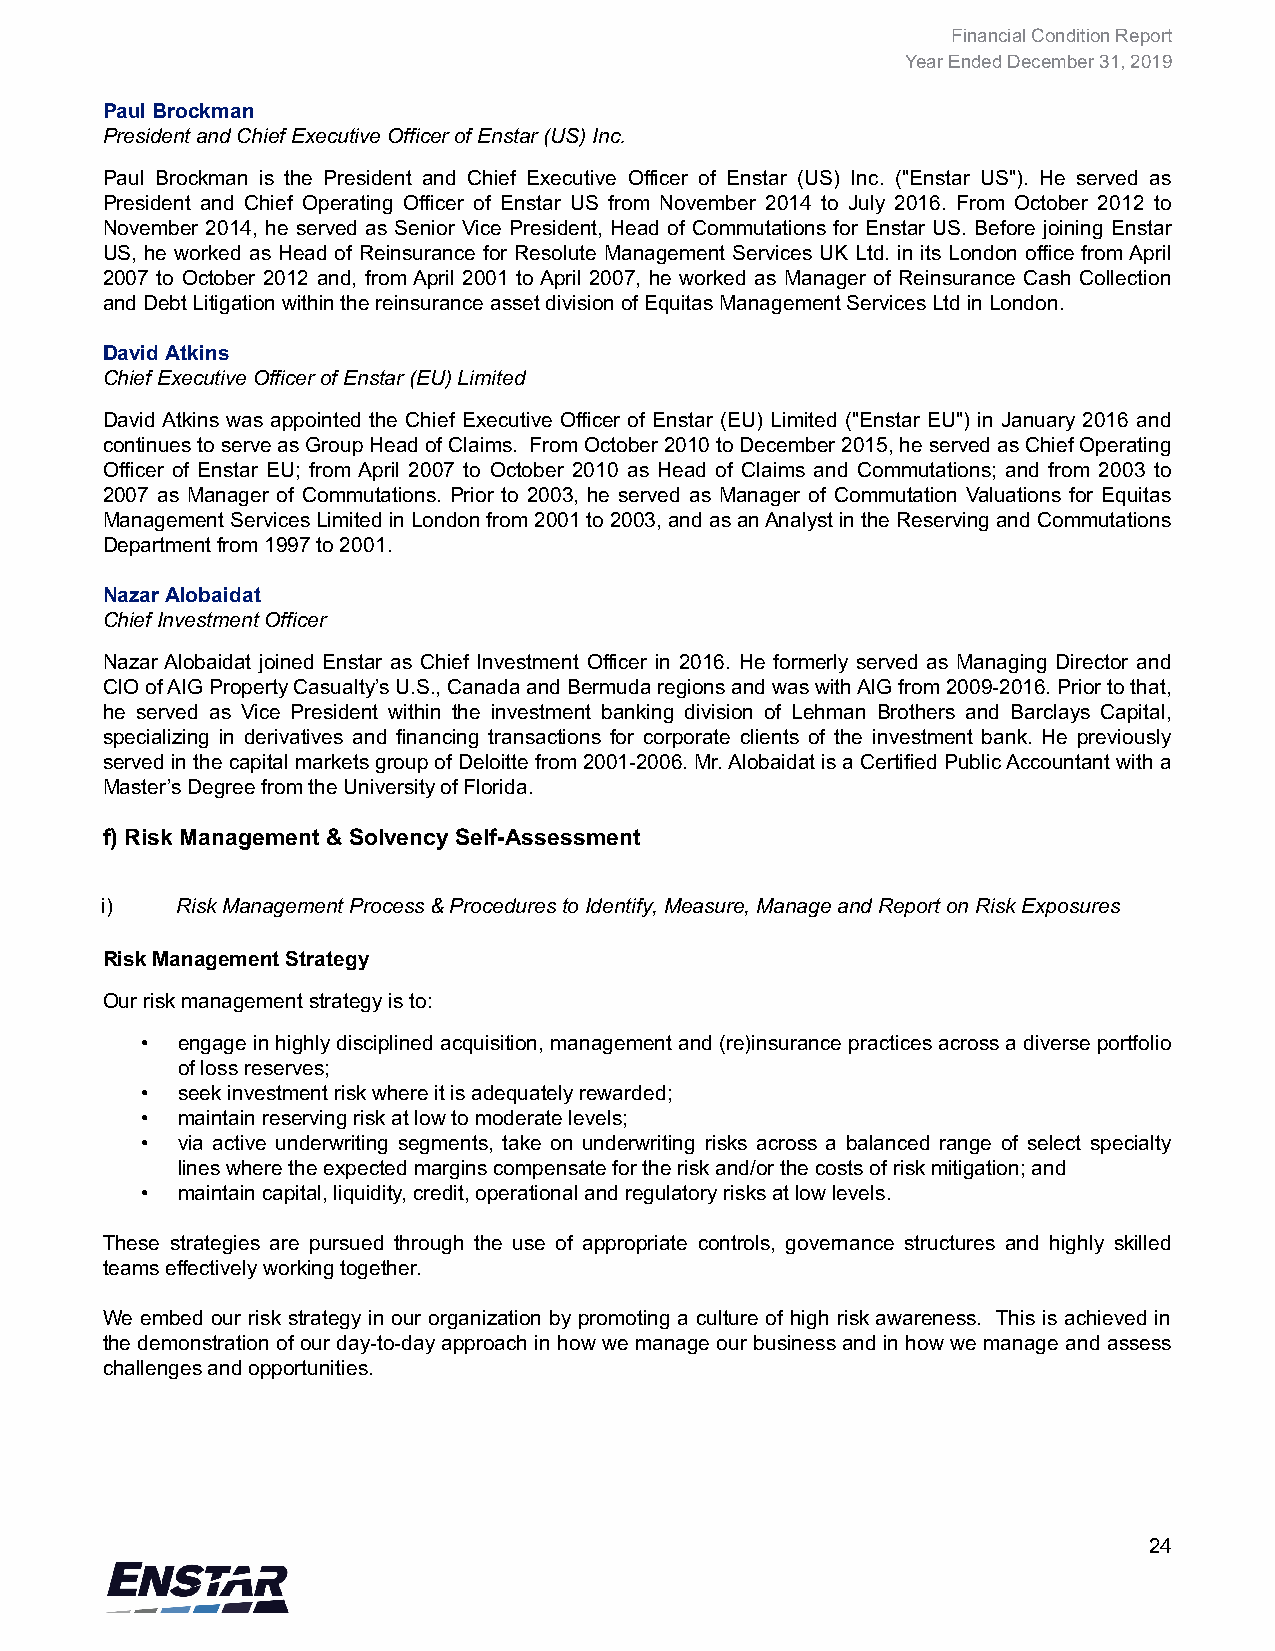
Financial Condition Report
 Year Ended December 31, 2019
 Paul Brockman
 President and Chief Executive Officer of Enstar (US) Inc.
 Paul Brockman is the President and Chief Executive Officer of Enstar (US) Inc. ("Enstar US"). He served as
 President and Chief Operating Officer of Enstar US from November 2014 to July 2016. From October 2012 to
 November 2014, he served as Senior Vice President, Head of Commutations for Enstar US. Before joining Enstar
 US, he worked as Head of Reinsurance for Resolute Management Services UK Ltd. in its London office from April
 2007 to October 2012 and, from April 2001 to April 2007, he worked as Manager of Reinsurance Cash Collection
 and Debt Litigation within the reinsurance asset division of Equitas Management Services Ltd in London.
 David Atkins
 Chief Executive Officer of Enstar (EU) Limited
 David Atkins was appointed the Chief Executive Officer of Enstar (EU) Limited ("Enstar EU") in January 2016 and
 continues to serve as Group Head of Claims. From October 2010 to December 2015, he served as Chief Operating
 Officer of Enstar EU; from April 2007 to October 2010 as Head of Claims and Commutations; and from 2003 to
 2007 as Manager of Commutations. Prior to 2003, he served as Manager of Commutation Valuations for Equitas
 Management Services Limited in London from 2001 to 2003, and as an Analyst in the Reserving and Commutations
 Department from 1997 to 2001.
 Nazar Alobaidat
 Chief Investment Officer
 Nazar Alobaidat joined Enstar as Chief Investment Officer in 2016. He formerly served as Managing Director and
 CIO of AIG Property Casualty’s U.S., Canada and Bermuda regions and was with AIG from 2009-2016. Prior to that,
 he served as Vice President within the investment banking division of Lehman Brothers and Barclays Capital,
 specializing in derivatives and financing transactions for corporate clients of the investment bank. He previously
 served in the capital markets group of Deloitte from 2001-2006. Mr. Alobaidat is a Certified Public Accountant with a
 Master’s Degree from the University of Florida.
 f) Risk Management & Solvency Self-Assessment
 i)   Risk Management Process & Procedures to Identify, Measure, Manage and Report on Risk Exposures
 Risk Management Strategy
 Our risk management strategy is to:
 •  engage in highly disciplined acquisition, management and (re)insurance practices across a diverse portfolio
 of loss reserves;
 •  seek investment risk where it is adequately rewarded;
 •  maintain reserving risk at low to moderate levels;
 •  via active underwriting segments, take on underwriting risks across a balanced range of select specialty
 lines where the expected margins compensate for the risk and/or the costs of risk mitigation; and
 •  maintain capital, liquidity, credit, operational and regulatory risks at low levels.
 These strategies are pursued through the use of appropriate controls, governance structures and highly skilled
 teams effectively working together.
 We embed our risk strategy in our organization by promoting a culture of high risk awareness. This is achieved in
 the demonstration of our day-to-day approach in how we manage our business and in how we manage and assess
 challenges and opportunities.
 24